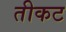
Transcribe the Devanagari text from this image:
तीकट